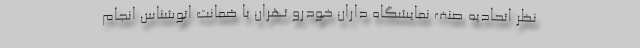
نظر اتحادیه صنف نمایشگاه داران خودرو تهران با ضمانت اتوشناس انجام